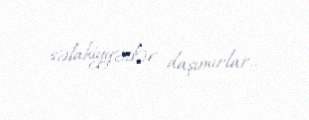
səlahiyyətlər daşımırlar..